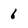
Character: 6